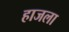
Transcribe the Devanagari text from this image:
हाजला